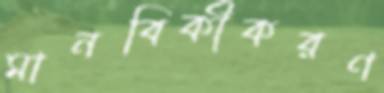
মানবিকীকরণ